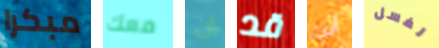
مبكرا معك إن قد أنت لغسل